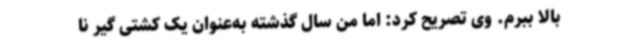
بالا ببرم. وی تصریح کرد: اما من سال گذشته به‌عنوان یک کشتی گیر نا